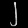
Digit: ၂